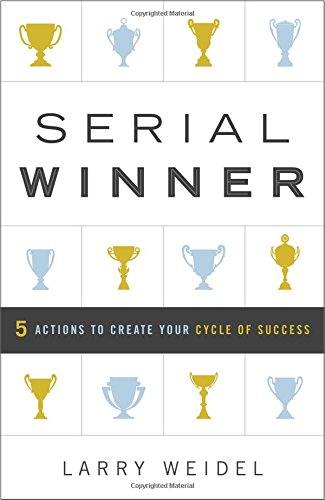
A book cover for Serial Winner: 5 Actions to Create Your Cycle of Success; Larry Weidel; Self-Help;